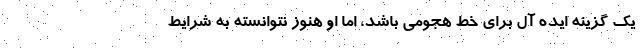
یک گزینه ایده آل برای خط هجومی باشد، اما او هنوز نتوانسته به شرایط